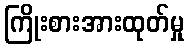
ကြိုးစားအားထုတ်မှု